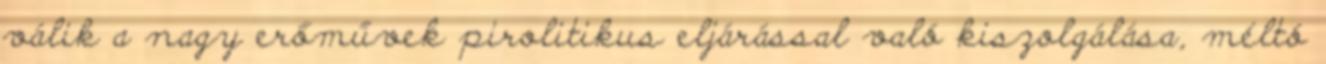
válik a nagy erőművek pirolitikus eljárással való kiszolgálása, méltó